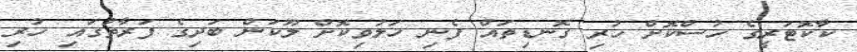
ކާކޮޓަރީގެ ހުސްކޮށް ހުރި ގޮނޑިތައް ފެނި ހަލުވިކޮށް ލޫކަން ބަދިގެ ފަރާތުގައި ހުރި